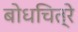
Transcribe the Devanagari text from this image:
बोधचित्रे